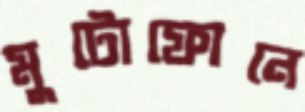
মুটোফোনে